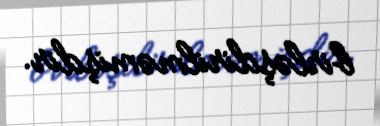
birləşdirilməmişdir.